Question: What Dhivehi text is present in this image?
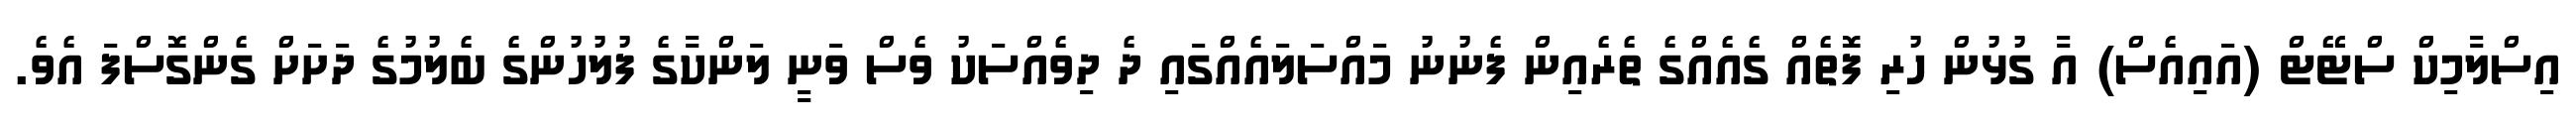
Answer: އިސްލާމިކް ސްޓޭޓް (އައިއެސް) އާ ގުޅުން ހުރި ފޮތެއް ގެއެއްގެ ތެރެއިން ފެނުނު މައްސަލައެއްގައި ދެ ދިވެއްސަކު ވެސް ވަނީ ލަންކާގެ ފުލުހުންގެ ބެލުމުގެ ދަށަށް ގެންގޮސްފަ އެވެ.